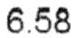
6.58